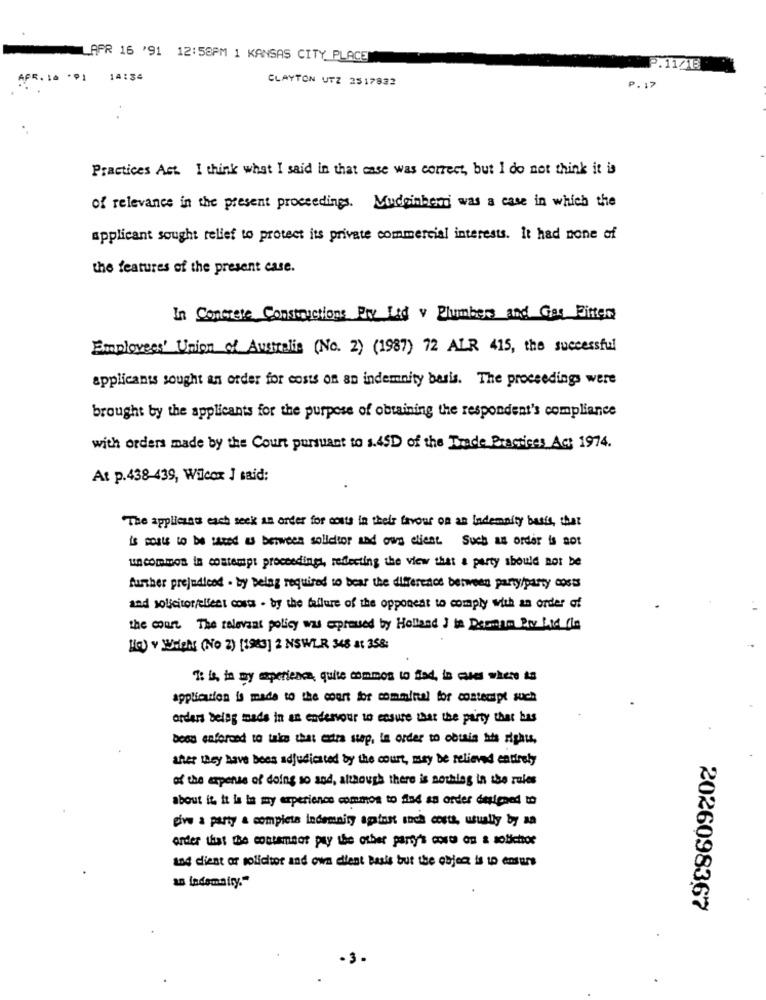
APR 16 '91 12:58PM 1 KANSAS CITY PLACE
P.11/18
APR. 16 *91
14:34
CLAYTON UTZ 2517832
P.17
Practices Act. I think what I said in that case was correct, but I do not think it is
of relevance in the present proceedings. Mudeinherri was a case in which the
applicant sought relief to protect its private commercial interests. It had none of
the features of the present case.
In Concrete Constructions Pry Lid v Plumbers and Gas Fitter
Employees' Union of Australia (No. 2) (1987) 72 ALR 415, the successful
applicants sought an order for costs on an indemnity basis. The proceedings were
brought by the applicants for the purpose of obtaining the respondent's compliance
with orders made by the Court pursuant to 1.45D of the Trade Practices Act 1974.
At p.438-439, Wilcox I said:
The applicases each seek an order for costs in their favour on an Indemnity busts, that
is posts to be taxed as between solidtor and ous client. Such as order is not
uncomimos in costempt proceedings, reflecting the view that a party should not be
further prejudiced . by Delay required to bear the difference between party/party costs
and solicitor/client costs - by the failure of the opponent to comply with an order of
the court The relevant policy was expressed by Holland J to Demna Por Lid de
Hey v WHEN (No 2) [1983] 2 NSWLR 348 8: 358:
T: is, in my asperience, quite commos to flad, in cases where ta
application is made to the court for committal for contempt such
orders belag made in an endeavour to ensure that the party that has
boon enforced to take that extra step, in order to obtain his rights,
ther they have bees adjudicated by the court, may be relieved entirely
of the expense of doing so and, although there is nothing in the rules
about it, it la in my experience common to find an order designed to
give a party a completa indemnity against soch costa, usually by aa
order that the contamnot pay the other party's costs on a solichor
and diest or solicitor and own client basis but the object is to ensure
2026098367
·3.